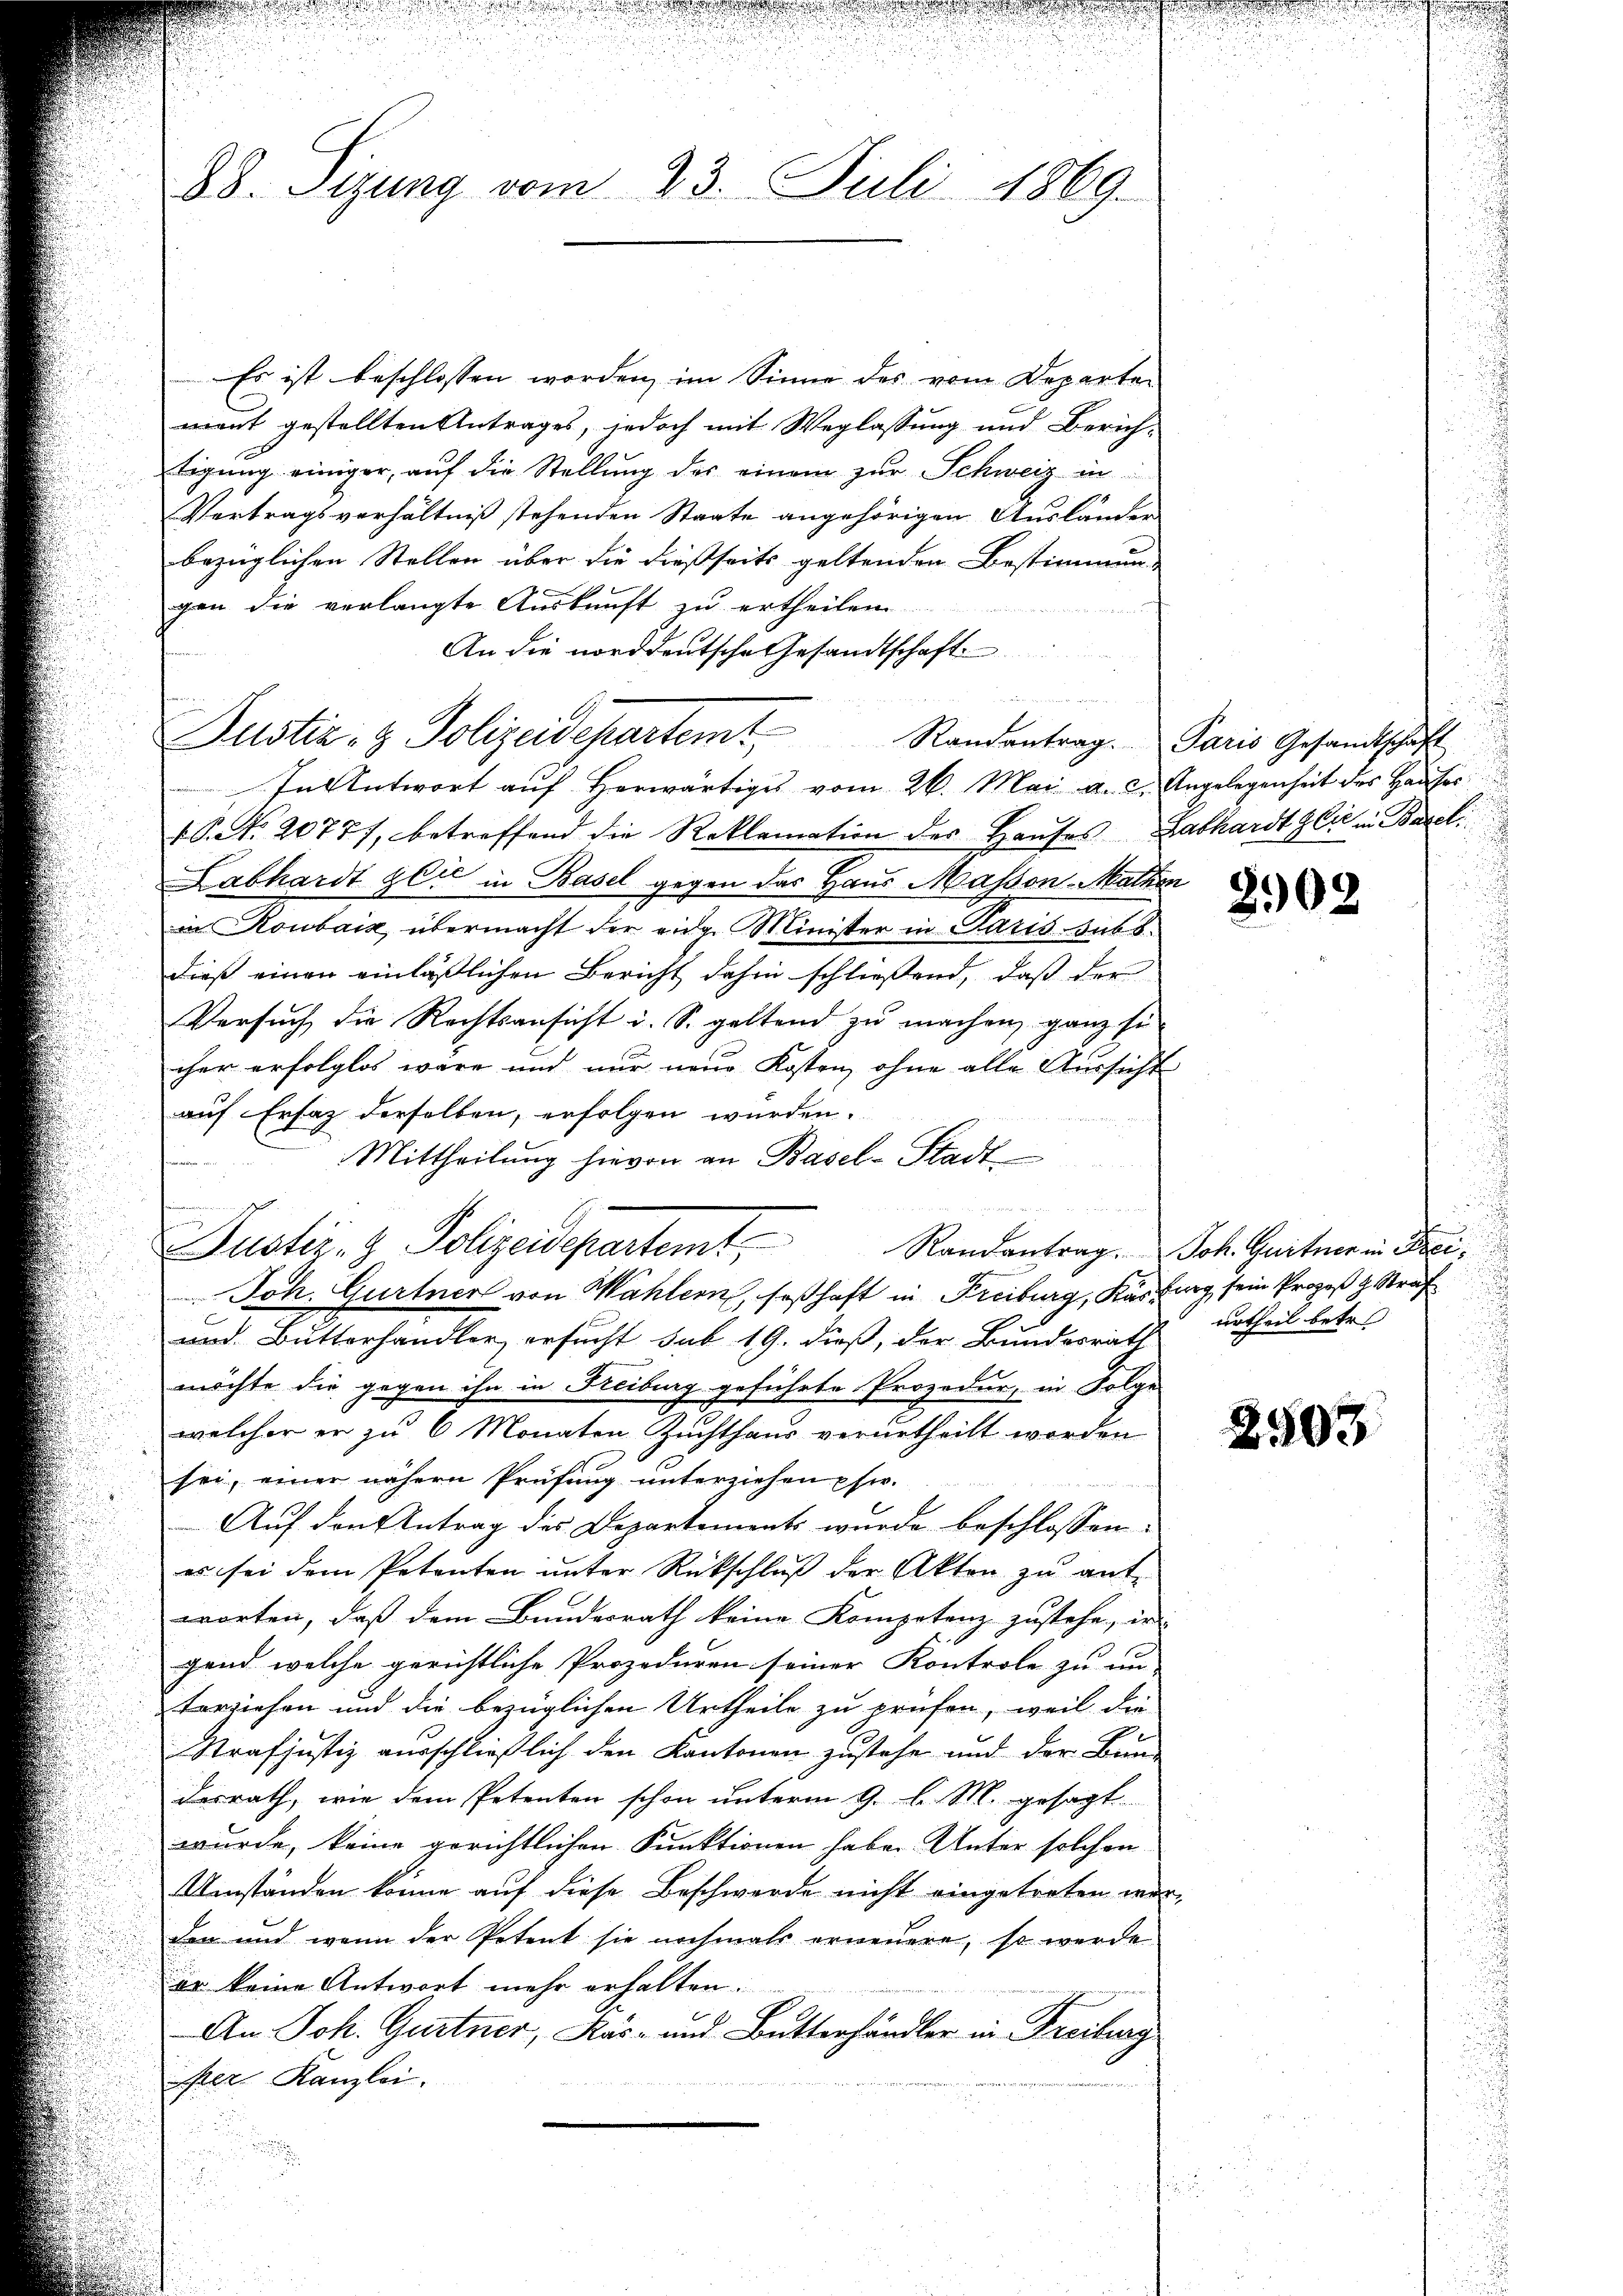
88. Stung vom 23. Juli 1869.

Es ist beschlossen worden, im Sinne des vom Departen
ment gestellten Antrages, jedoch mit Weglassung und Zürich-
tigung einiger, auf die Stellung der einem zur Schweiz in
Vertragsverhältniß stehenden Staate angehörigen Ausländen
bezüglichen Stellen über die dießseits geltenden Bestimmung
gen die verlangte Auskunft zu ertheilen
An die norddeutsche Gesandtschaft
In Antwort auf herwärtiges vom 26. Mai a. c. Angelegenheit des Hauser
1 S. 20777, betreffend die Reklamation des Hauses Labhardt lie in Basel
Labhardt lić in Basel gegen das Haus Massen-Mathen
in Roubaiz, übermacht der eidg. Minister in Paris subs
dieß einen einläßlichen Bericht dahin schließend, daß der
Versuch die Rechtsansicht u. S. galtend zu machen, ganz si
cher erfolglos wäre und nur neue Kosten ohne alle Aussicht
auf Ersatz derselben, erfolgen würden.
Mittheilung hievon an Basel-Stadt
Justiz- & Polizeidepartemt,
Joh. Gurtner von Wahlern, seßhaft in Freiburg, Kassung sein Prozeß z. Straf
und Butterhandler, ersucht sub 19. dieß, der Bundesrath urtheil betr.
möchte die gegen ihn in Freiburg geführte Prozedur, in Folge
welcher er zu 6 Monaten Zuchthaus verurtheilt worden
sei, einer nähern Prüfung unterziehen usw.
Auf den Antrag des Departements wurde beschlossen:
es sei dem Petenten unter Rückschluß der Akten zu antworten, daß dem Bundesrath keine Kompetenz zustehe, in
gend welche gerichtliche Prozeduren seiner Kontrole zu un
terziehen und die bezüglichen Urtheile zu prüfen, weil die
Strafjustiz ausschließlich den Kantonen zustehe und der Bundesrath, wie dem Petenten schon unterm 9. d. M. gesagt.
wurde, keine gerichtlichen Funktionen haben Unter solchen
Umständen könne auf diese Beschwerde nicht eingetreten war,
den und wenn der Petent sie nochmals erneuere, so werde
er keine Antwort mehr erhalten.
An Joh. Gurtner, Käs- und Butterhändler in Freiburg
Per Kanzlei.
n
d

Justiz- & Polizeidepartemt,

n

Randantrag. Joh. Guitner in Frei¬

Randantrag. Paris Gesandtschaft

2902

2503